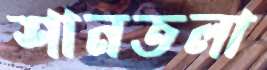
শানতলা